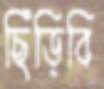
ছিঁড়িবি